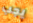
يجب